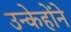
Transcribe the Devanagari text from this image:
उन्केहोंने